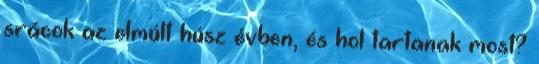
srácok az elmúlt húsz évben, és hol tartanak most?